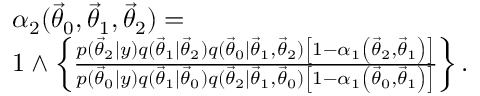
\begin{array} { r l } & { \alpha _ { 2 } ( \ensuremath { \vec { \theta } } _ { 0 } , \ensuremath { \vec { \theta } } _ { 1 } , \ensuremath { \vec { \theta } } _ { 2 } ) = } \\ & { 1 \wedge \left\{ \frac { p ( \ensuremath { \vec { \theta } } _ { 2 } | y ) q ( \ensuremath { \vec { \theta } } _ { 1 } | \ensuremath { \vec { \theta } } _ { 2 } ) q ( \ensuremath { \vec { \theta } } _ { 0 } | \ensuremath { \vec { \theta } } _ { 1 } , \ensuremath { \vec { \theta } } _ { 2 } ) \left[ 1 - \alpha _ { 1 } \left( \ensuremath { \vec { \theta } } _ { 2 } , \ensuremath { \vec { \theta } } _ { 1 } \right) \right] } { p ( \ensuremath { \vec { \theta } } _ { 0 } | y ) q ( \ensuremath { \vec { \theta } } _ { 1 } | \ensuremath { \vec { \theta } } _ { 0 } ) q ( \ensuremath { \vec { \theta } } _ { 2 } | \ensuremath { \vec { \theta } } _ { 1 } , \ensuremath { \vec { \theta } } _ { 0 } ) \left[ 1 - \alpha _ { 1 } \left( \ensuremath { \vec { \theta } } _ { 0 } , \ensuremath { \vec { \theta } } _ { 1 } \right) \right] } \right\} . } \end{array}